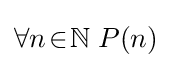
\forall n\!\in \!\mathbb {N} \;P(n)